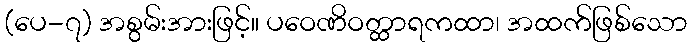
(ပေ-၇) အစွမ်းအားဖြင့်။ ပဝေဏိဝတ္ထာရကထာ၊ အထက်ဖြစ်သော